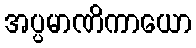
အပ္ပမာဏိကာယော